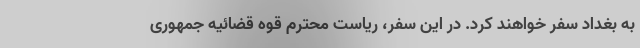
به بغداد سفر خواهند کرد. در این سفر، ریاست محترم قوه قضائیه جمهوری